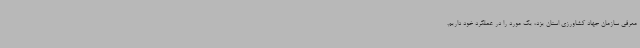
معرفی سازمان جهاد کشاورزی استان یزد، یک مورد را در عملکرد خود داریم.